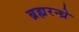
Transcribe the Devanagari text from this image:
ब्रह्मरन्ध्रे